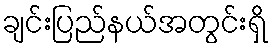
ချင်းပြည်နယ်အတွင်းရှိ